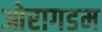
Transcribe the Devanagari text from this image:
ओरागडम